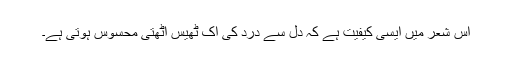
اس شعر میں ایسی کیفیت ہے کہ دل سے درد کی اک ٹھیس اٹھتی محسوس ہوتی ہے۔